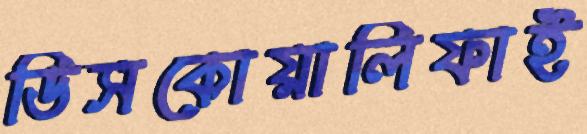
ডিসকোয়ালিফাই